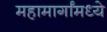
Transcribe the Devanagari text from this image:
महामार्गांमध्ये